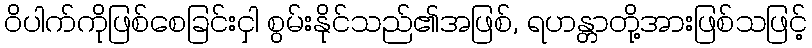
ဝိပါက်ကိုဖြစ်စေခြင်းငှါ စွမ်းနိုင်သည်၏အဖြစ်, ရဟန္တာတို့အားဖြစ်သဖြင့်